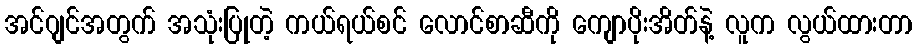
အင်ဂျင်အတွက် အသုံးပြုတဲ့ ကယ်ရယ်စင် လောင်စာဆီကို ကျောပိုးအိတ်နဲ့ လူက လွယ်ထားတာ